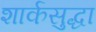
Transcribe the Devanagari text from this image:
शार्कसुद्धा